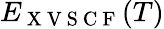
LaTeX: E_{\mathrm{~X~V~S~C~F~}}(T)